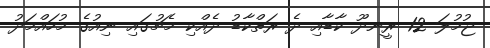
ޖުމުލަ 12 ރީނދޫ ކާޑާއި ދެ ރަތްކާޑު ދެއްކި މެޗުގައި ނިއުގެ މުހައްމަދު